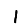
Digit: 1